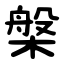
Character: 槃